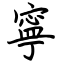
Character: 寧